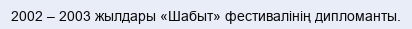
2002 – 2003 жылдары «Шабыт» фестивалінің дипломанты.